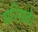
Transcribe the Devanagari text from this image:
सरिसवे।